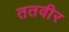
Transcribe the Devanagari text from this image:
ततवीर